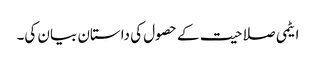
ایٹمی صلاحیت کے حصول کی داستان بیان کی۔